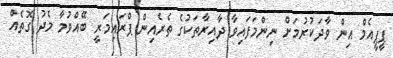
ޕީޕީއެމް އިން ވާދަކުރުމަށް ނިންމަފައިވާ ދާއިރާތަކުގެ ތެރެއިން ޕްރައިމަރީ ބޭއްވުމާ މެދު ގޮތެއް